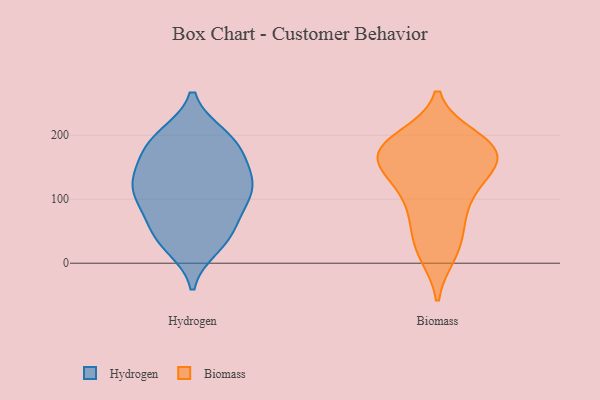
{"axis": {"x": "Shipments", "y": "Value"}, "legend": ["Biomass", "Hydrogen"], "data": [{"x": "", "y": 87, "type": "Hydrogen"}, {"x": "", "y": 119, "type": "Hydrogen"}, {"x": "", "y": 98, "type": "Hydrogen"}, {"x": "", "y": 153, "type": "Hydrogen"}, {"x": "", "y": 200, "type": "Hydrogen"}, {"x": "", "y": 163, "type": "Hydrogen"}, {"x": "", "y": 187, "type": "Hydrogen"}, {"x": "", "y": 109, "type": "Hydrogen"}, {"x": "", "y": 46, "type": "Hydrogen"}, {"x": "", "y": 198, "type": "Hydrogen"}, {"x": "", "y": 122, "type": "Hydrogen"}, {"x": "", "y": 192, "type": "Hydrogen"}, {"x": "", "y": 157, "type": "Hydrogen"}, {"x": "", "y": 119, "type": "Hydrogen"}, {"x": "", "y": 31, "type": "Hydrogen"}, {"x": "", "y": 49, "type": "Hydrogen"}, {"x": "", "y": 26, "type": "Hydrogen"}, {"x": "", "y": 123, "type": "Hydrogen"}, {"x": "", "y": 66, "type": "Hydrogen"}, {"x": "", "y": 163, "type": "Biomass"}, {"x": "", "y": 196, "type": "Biomass"}, {"x": "", "y": 190, "type": "Biomass"}, {"x": "", "y": 162, "type": "Biomass"}, {"x": "", "y": 131, "type": "Biomass"}, {"x": "", "y": 184, "type": "Biomass"}, {"x": "", "y": 75, "type": "Biomass"}, {"x": "", "y": 40, "type": "Biomass"}, {"x": "", "y": 151, "type": "Biomass"}, {"x": "", "y": 14, "type": "Biomass"}, {"x": "", "y": 185, "type": "Biomass"}, {"x": "", "y": 149, "type": "Biomass"}, {"x": "", "y": 175, "type": "Biomass"}, {"x": "", "y": 117, "type": "Biomass"}, {"x": "", "y": 176, "type": "Biomass"}, {"x": "", "y": 105, "type": "Biomass"}, {"x": "", "y": 17, "type": "Biomass"}, {"x": "", "y": 70, "type": "Biomass"}]}